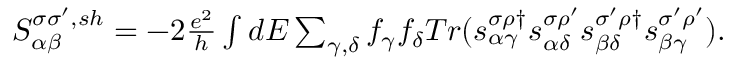
\begin{array} { r } { { S _ { \alpha \beta } ^ { \sigma \sigma ^ { \prime } , s h } } = - 2 \frac { e ^ { 2 } } { h } \int d E \sum _ { \gamma , \delta } f _ { \gamma } f _ { \delta } T r ( s _ { \alpha \gamma } ^ { \sigma \rho \dagger } s _ { \alpha \delta } ^ { \sigma \rho ^ { \prime } } s _ { \beta \delta } ^ { \sigma ^ { \prime } \rho \dagger } s _ { \beta \gamma } ^ { \sigma ^ { \prime } \rho ^ { \prime } } ) . } \end{array}